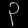
Digit: ၃